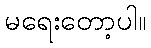
မရေးတော့ပါ။